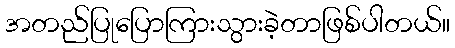
အတည်ပြုပြောကြားသွားခဲ့တာဖြစ်ပါတယ်။